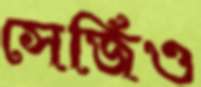
সের্জিও